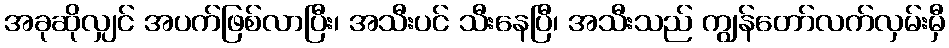
အခုဆိုလျှင် အပက်ဖြစ်လာပြီး၊ အသီးပင် သီးနေပြီ၊ အသီးသည် ကျွန်တော်လက်လှမ်းမှီ